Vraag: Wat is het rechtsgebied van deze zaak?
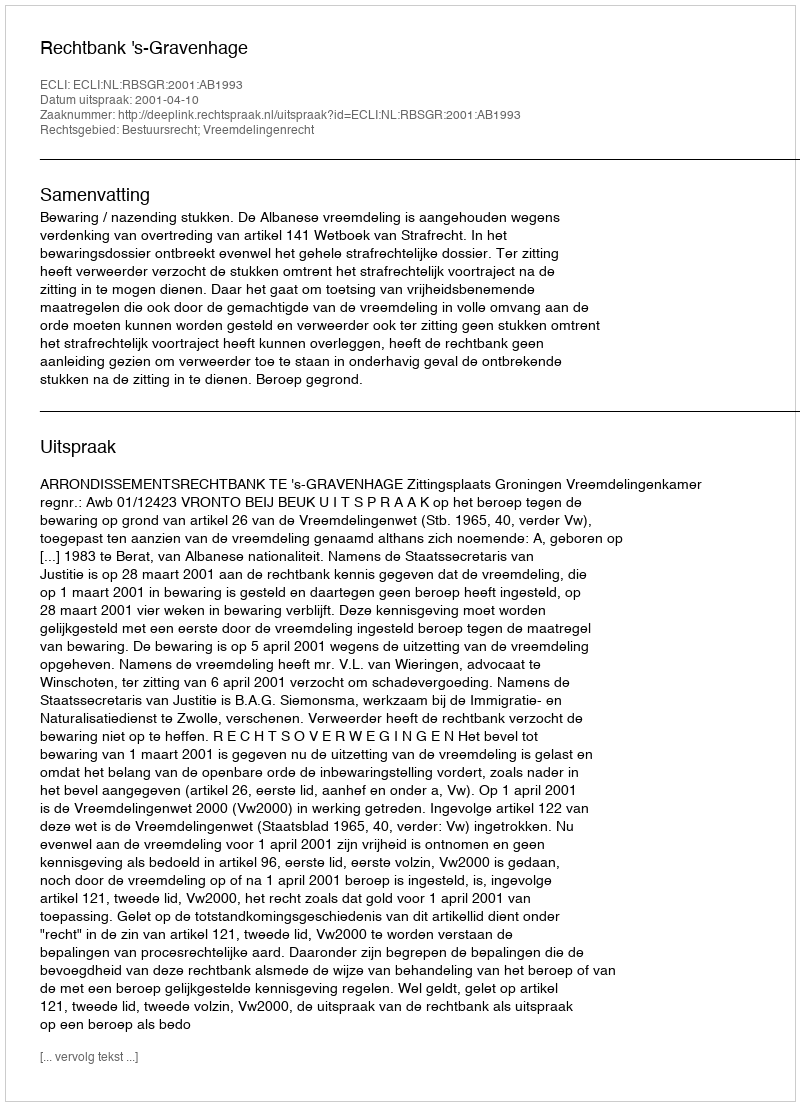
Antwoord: Bestuursrecht; Vreemdelingenrecht